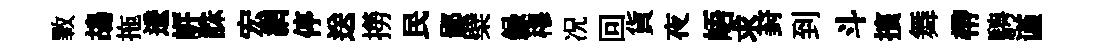
斁鴣拖逶㟁誅宏網停送撈民鄙檗録穆况回貨夜峿求葑到斗擯舞帶騁谨